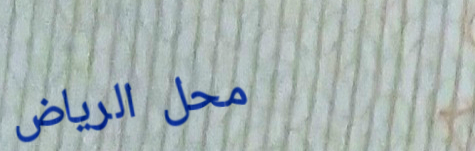
محل الرياض